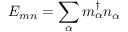
E _ { m n } = \sum _ { \alpha } m _ { \alpha } ^ { \dagger } n _ { \alpha }